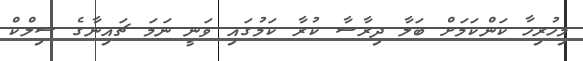
މިހުރިހާ ކަންކަމަށް ބަލާ ދިރާސާ ކުރާ ކަމުގައި ވަނީ ނަމަ ޗައިނާގެ ސިލްކް